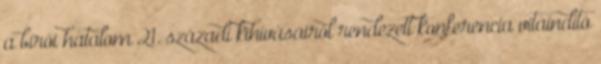
a bírói hatalom 21. századi kihívásairól rendezett konferencia vitaindító